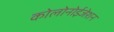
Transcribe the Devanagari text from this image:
कोलोनोईजेशन